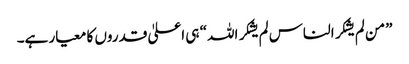
”من لم یشکر الناس لم یشکر اللہ“ ہی اعلیٰ قدروں کا معیار ہے۔